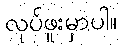
လုပ်ဖူးမှာပါ။